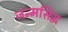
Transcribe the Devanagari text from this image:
जन्‍मसिद्ध